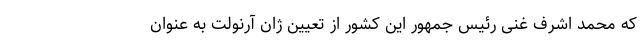
که محمد اشرف غنی رئیس جمهور این کشور از تعیین ژان آرنولت به عنوان